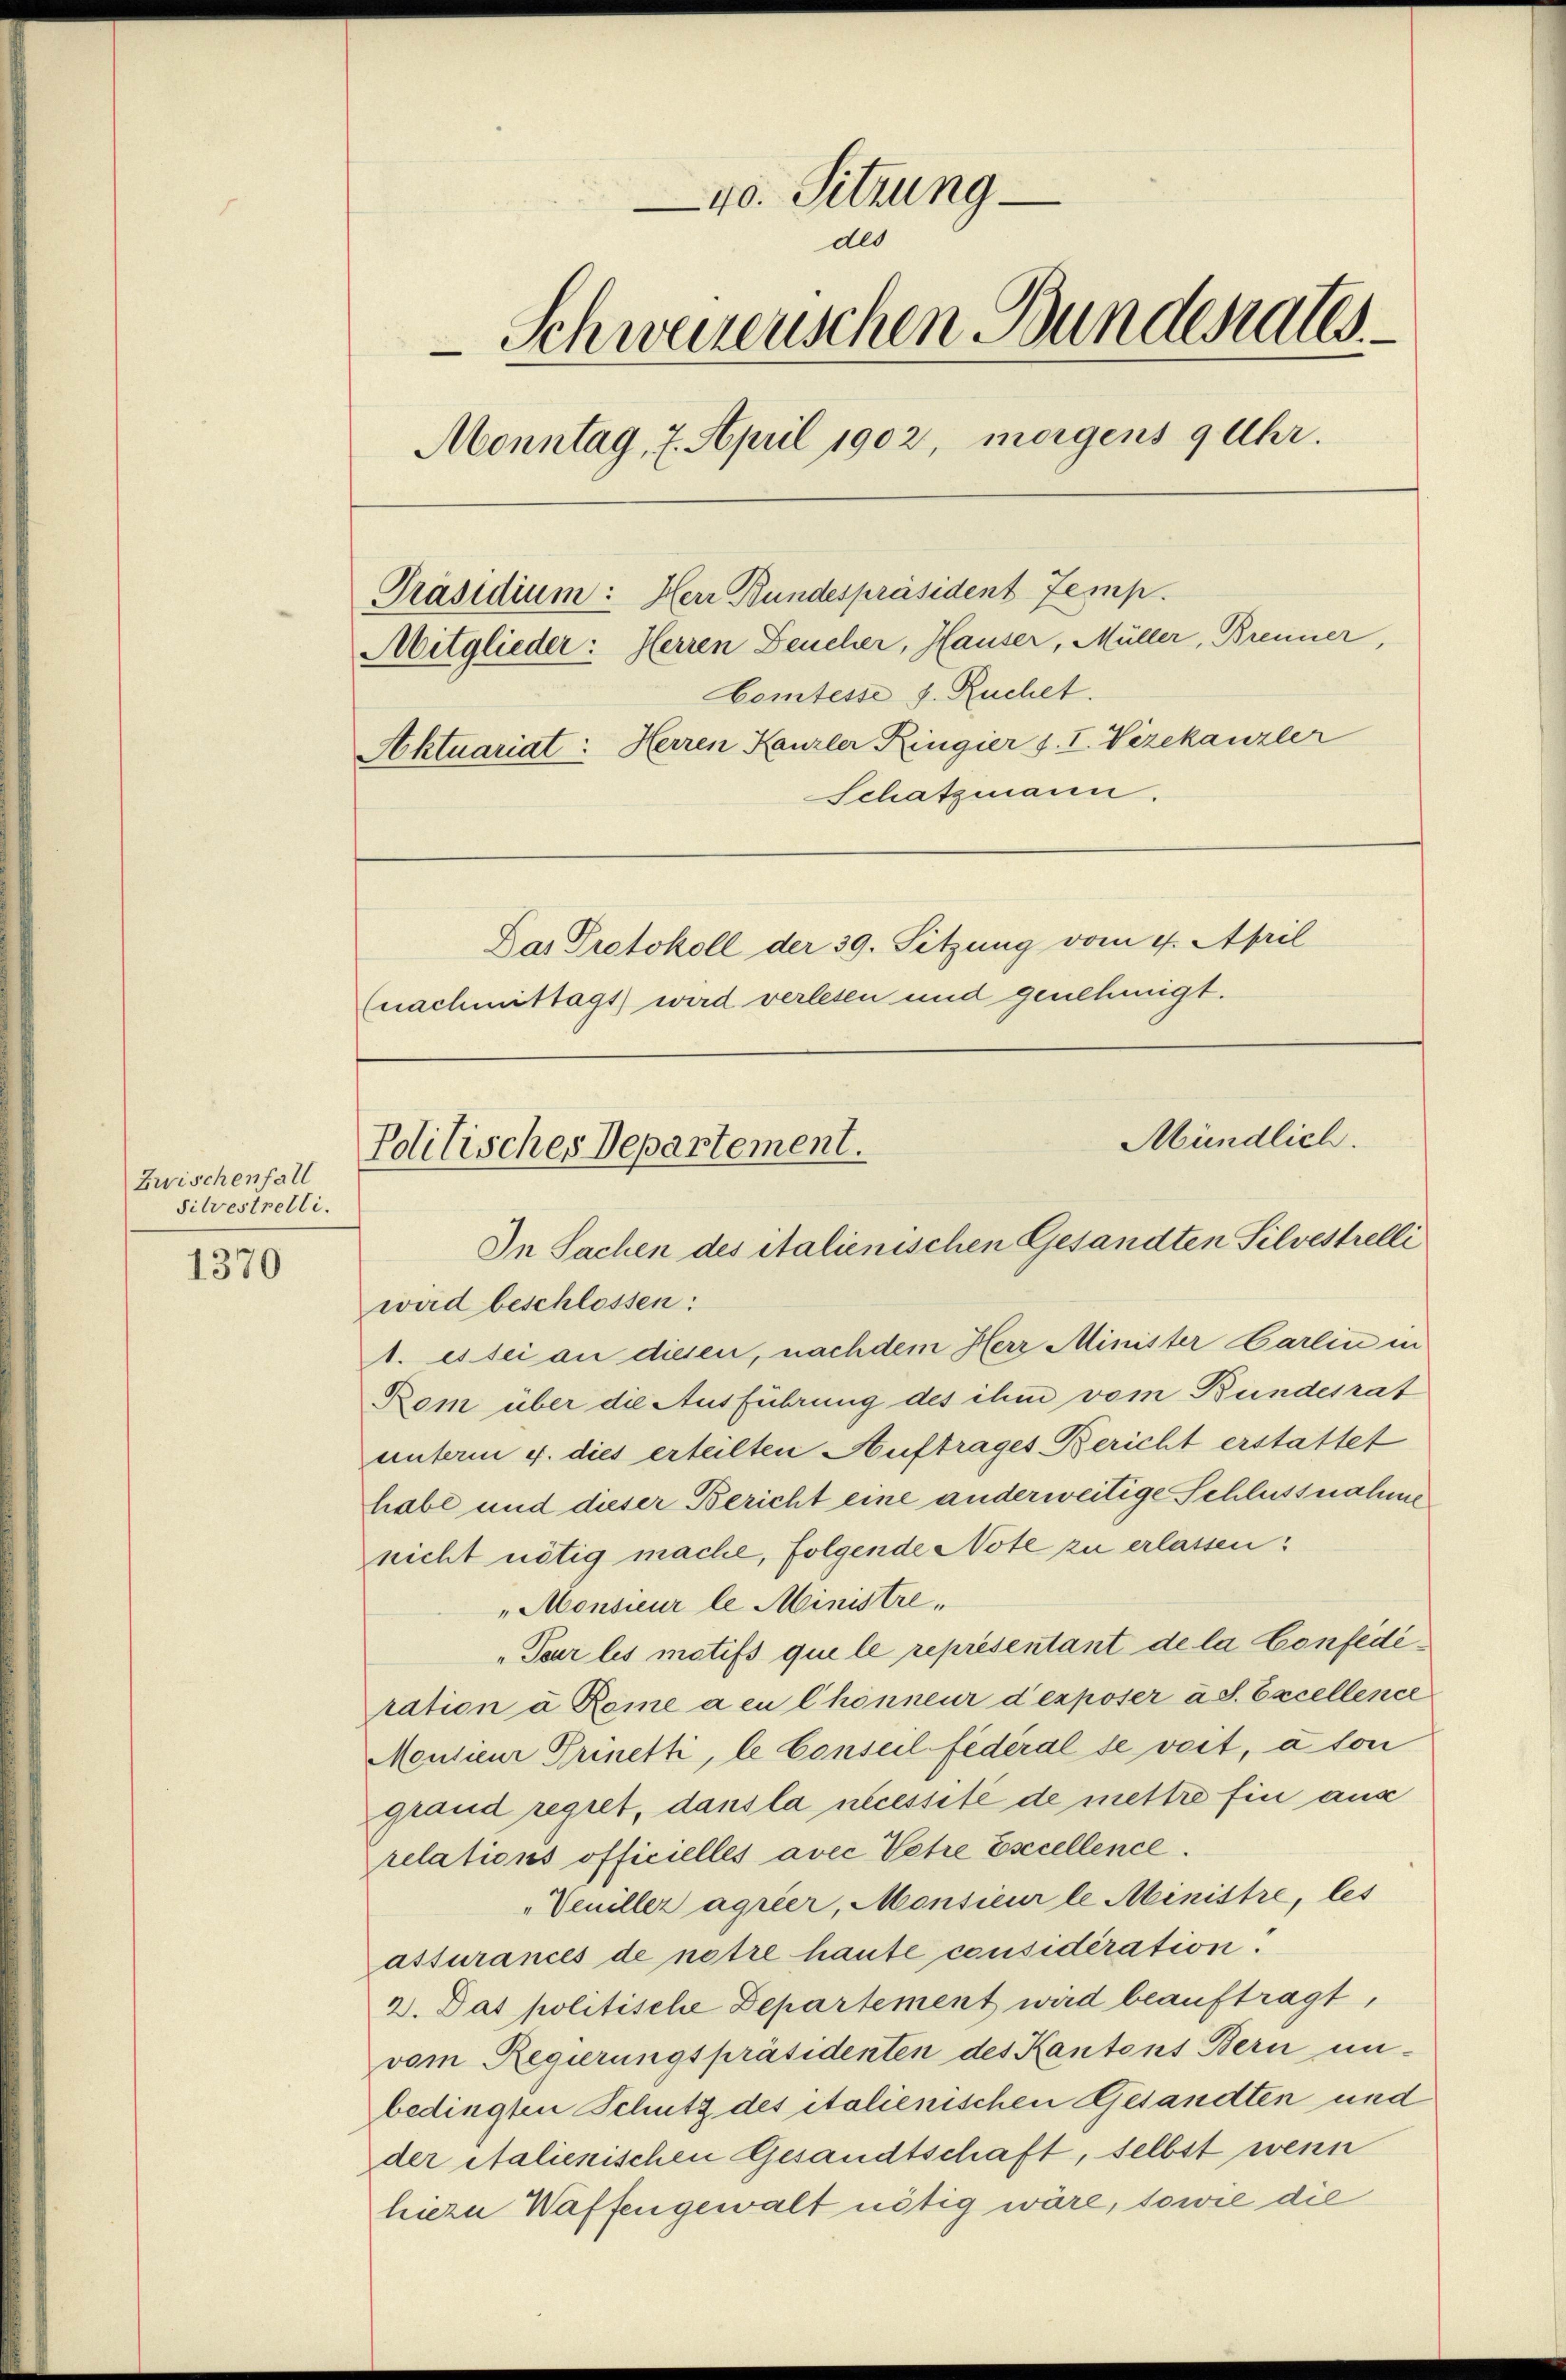
Zwischenfall
Silvestretti.

1370

40. Sitzung
des
-Schweizenschen Bundesalls
Monntag, 7. April 1902, morgens 9 Uhr.
Präsidium: Herr Bundespräsident Jemp.
Mitglieder: Herren Deucher, Hauser, Müller, Brenner,
Comtesse f. Ruchet.
Aktuariat: Herren Kanzler Ringier f. I. Vizekanzler
Schatzmann.
Das Protokoll der 39. Sitzung vom 4. April
(nachmittagt) wird verlesen und genehmigt.

Mündlich.
Politisches Departement.
In Sachen des italienischen Gesandten Silvestrelli

wird beschlossen:
1. es sei an diesen, nachdem Herr Minister Carlin in
Rom über die Ausführung des ihm vom Bundesrat
unterm 4. dies erteilten Auftrages Bericht erstattet
habe und dieser Bericht eine anderweitige Schlussnahme
nicht nötig mache, folgende Note zu erlassen.
"Monsieur le Ministre¬
„Pour les motifs que le représentant de la Confederation à Rome a en Chonneur d’exposer a S. Excellence
Monsieur Prinetti, le Conseil fédéral se veit, à son
grand regret, dans la nécessité de mettre fin aus
relations officielles avec Vette Esecellence.
"Veniller agrier, Monsieur le Ministre, les
assurances de notre haute considération
2. Das politische Departement wird beauftragt,
vom Regierungspräsidenten des Kantons Bern un-
bedingten Schutz des italienischen Gesandten und
der Stalienischen Gesandtschaft, selbst wenn
hiezu Waffengewalt nötig wäre, sowie die